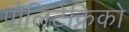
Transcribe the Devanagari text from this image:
पोलिटेक्निको